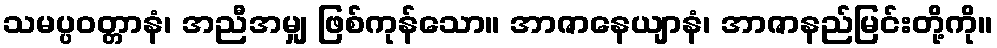
သမပ္ပဝတ္တာနံ၊ အညီအမျှ ဖြစ်ကုန်သော။ အာဇာနေယျာနံ၊ အာဇာနည်မြင်းတို့ကို။